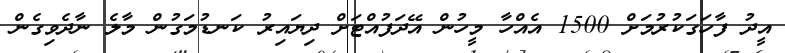
އީދު ފާހަގަކުރުމަށް 1500 އެއްހާ މީހުން އޭދަފުއްޓަށް ދިޔައިރު ކަނޑުމަގުން މާލެ ނާދެވިގެން